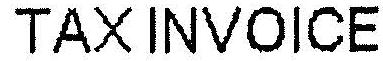
TAX INVOICE